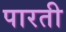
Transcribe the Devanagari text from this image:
पारती